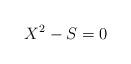
LaTeX: \begin{align*}X^2 - S =0\end{align*}